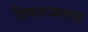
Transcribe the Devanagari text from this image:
विषमज्वरात